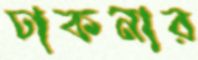
ঢাকনার